USPER Statement about UAP Sighting
Agency: Department of State
Incident date: Late 2025
Incident location: United States
Page 3
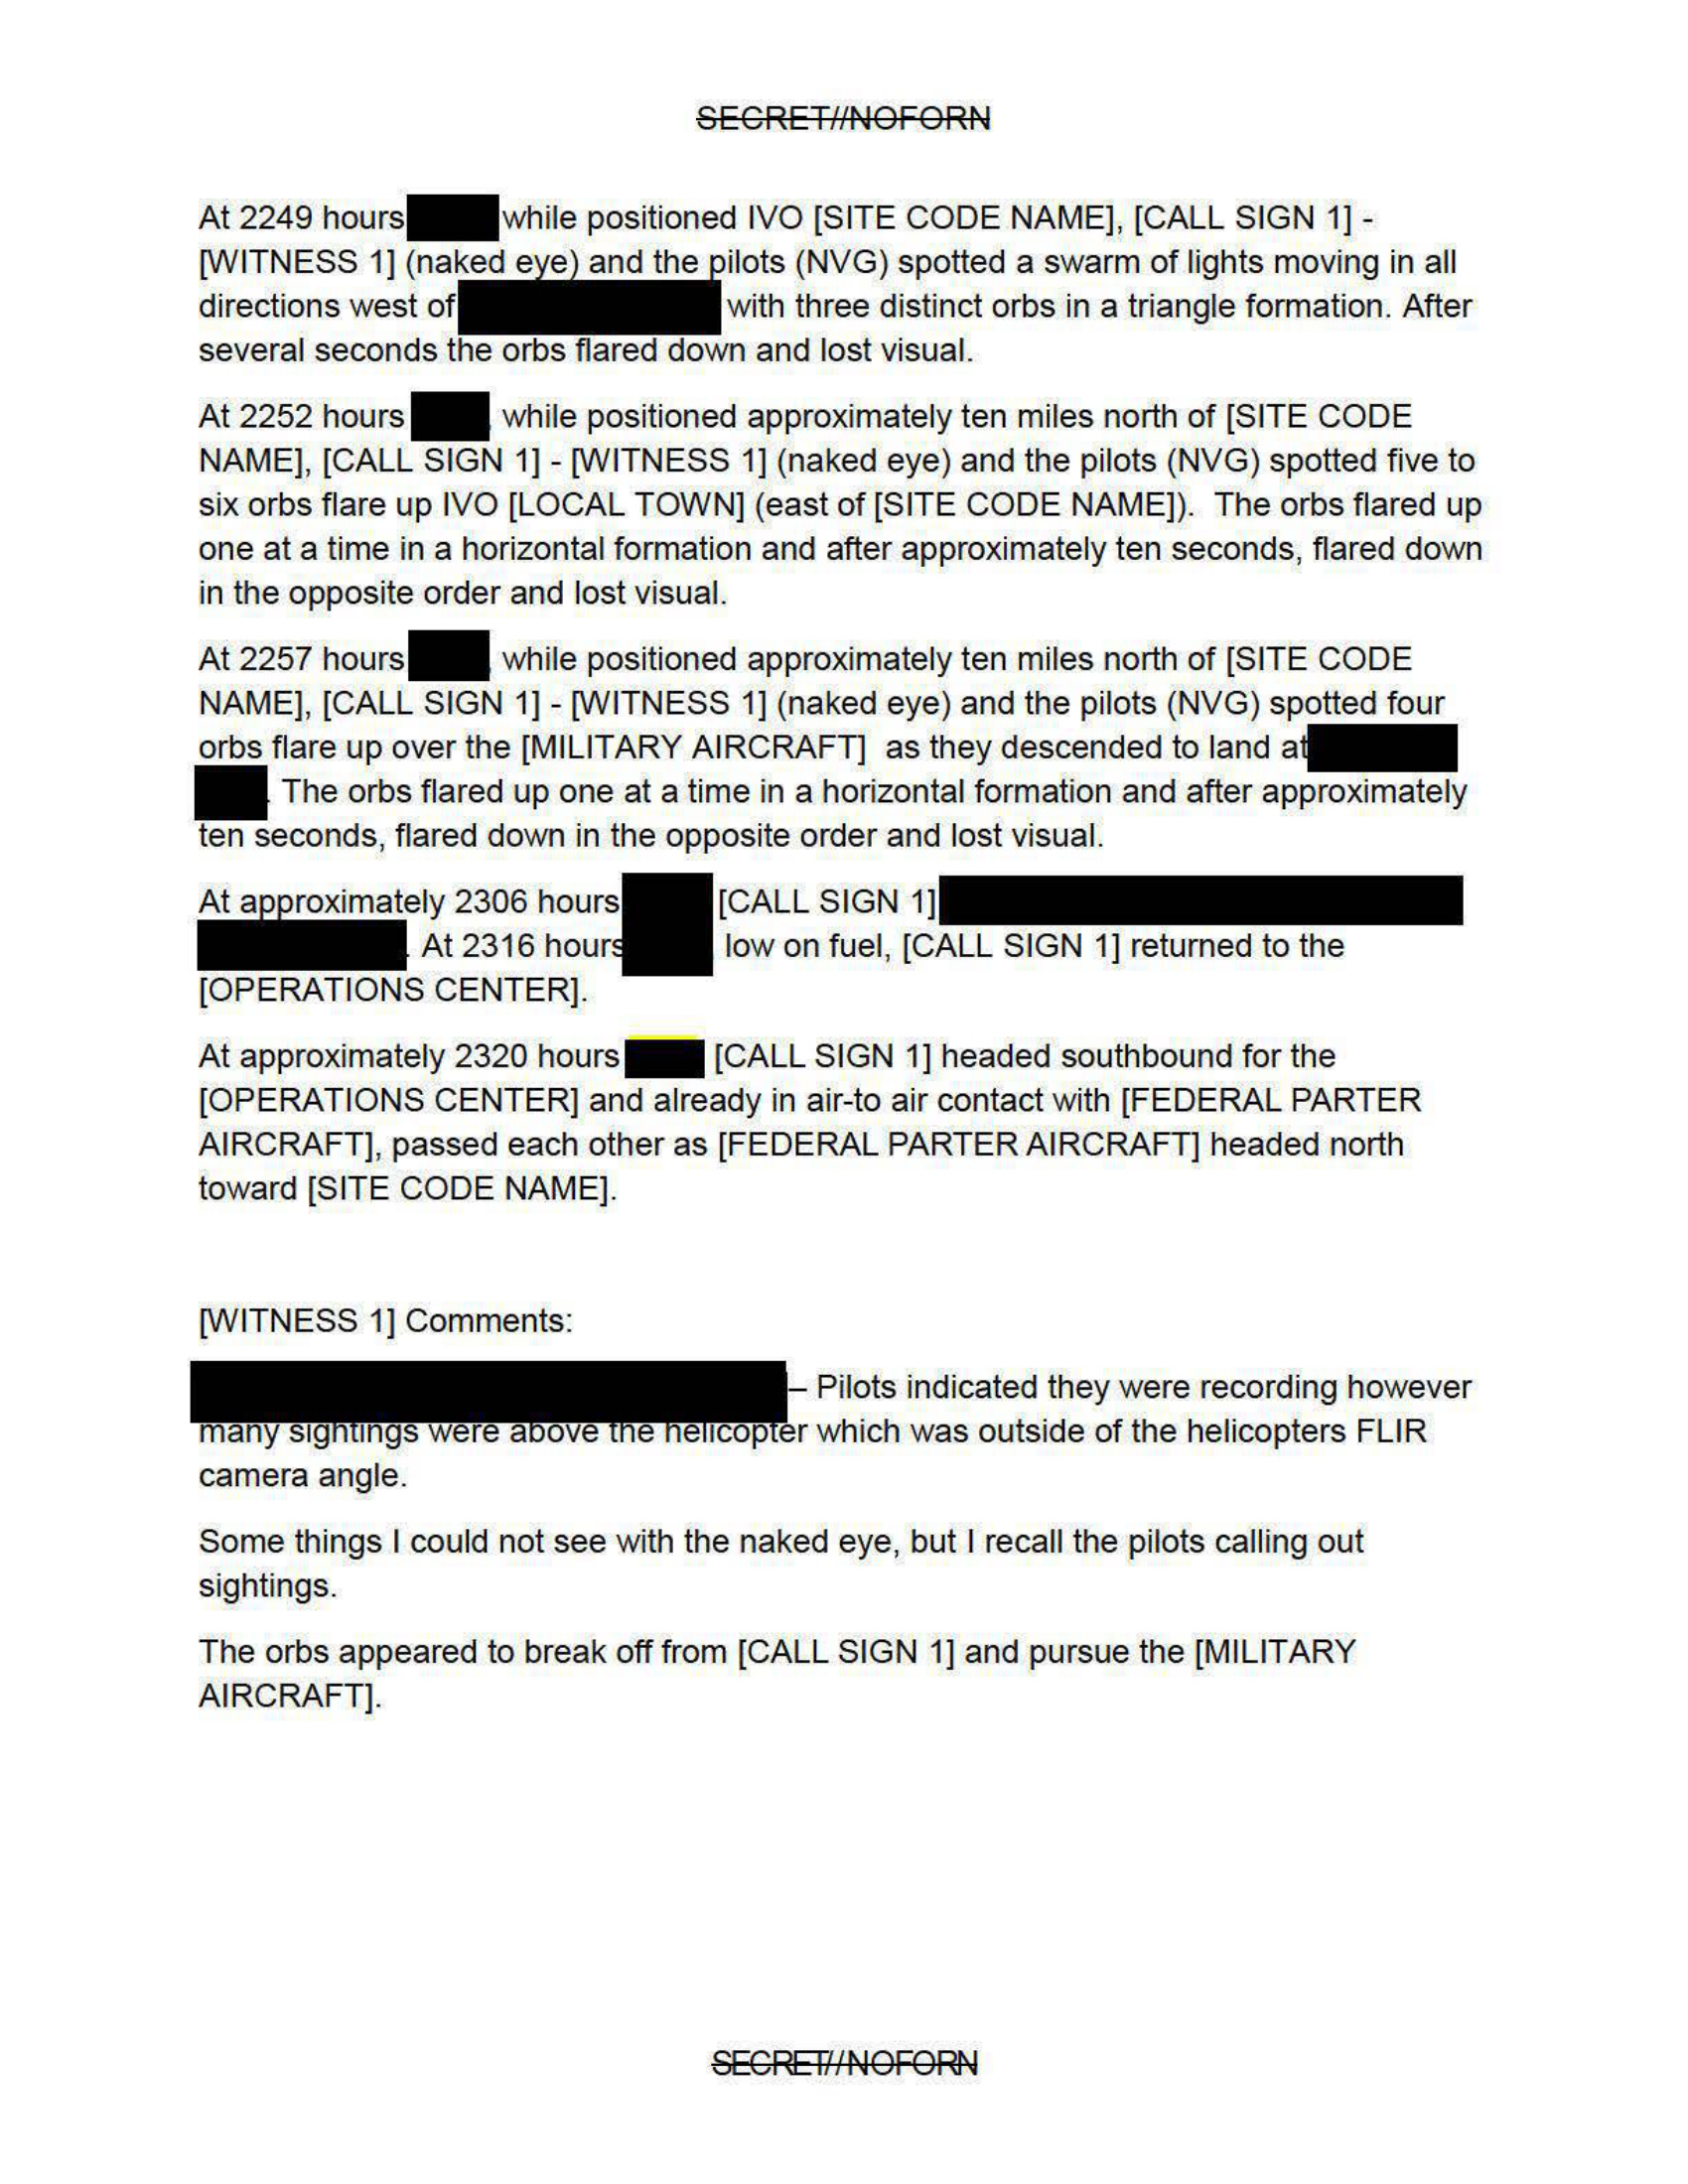